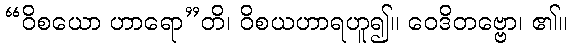
“ဝိစယော ဟာရော”တိ၊ ဝိစယဟာရဟူ၍။ ဝေဒိတဗ္ဗော၊ ၏။